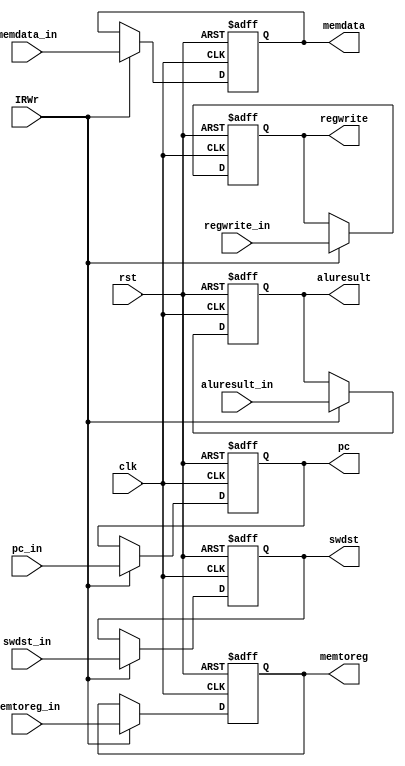
module mem_wb_ir (
   input         clk,
   input         rst,
   input         IRWr,    
   input [31:0] pc_in,      
   input [31:0] aluresult_in,
   input [31:0] memdata_in,
   input [4:0] swdst_in,
   input regwrite_in,
   input [1:0] memtoreg_in,

   output reg [31:0] pc,
   output reg [31:0] aluresult,
   output reg [31:0] memdata,
   output reg [4:0] swdst,
   output reg regwrite,
   output reg [1:0] memtoreg
);
               
   always @(posedge clk or posedge rst) begin
      if ( rst )
      begin 
         pc<=0;
         aluresult<=0;
         memdata<=0;
         swdst<=0;
         regwrite<=0;
         memtoreg<=0;
      end
      else if (IRWr)
      begin
         pc<=pc_in;
         aluresult<=aluresult_in;
         memdata<=memdata_in;
         swdst<=swdst_in;
         regwrite<=regwrite_in;
         memtoreg<=memtoreg_in;
      end
   end // end always
      
endmodule